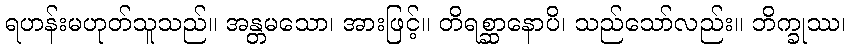
ရဟန်းမဟုတ်သူသည်။ အန္တမသော၊ အားဖြင့်။ တိရစ္ဆာနောပိ၊ သည်သော်လည်း။ ဘိက္ခုဿ၊